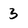
Character: 3